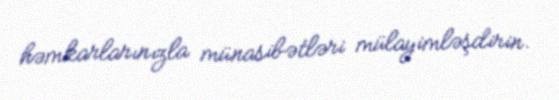
həmkarlarınızla münasibətləri mülayimləşdirin.